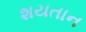
શયતાન